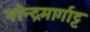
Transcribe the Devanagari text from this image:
नरेन्द्रमार्गाट्ट